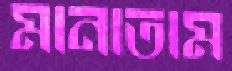
মানাতাম